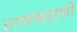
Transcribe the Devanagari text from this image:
आत्मकहाणी